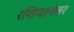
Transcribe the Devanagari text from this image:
रशियानंतर